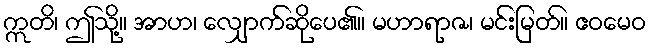
ဣတိ၊ ဤသို့။ အာဟ၊ လျှောက်ဆိုပေ၏။ မဟာရာဇ၊ မင်းမြတ်။ ဧဝမေဝ